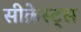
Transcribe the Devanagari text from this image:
सीक्रेस्ट्स